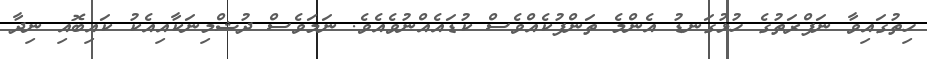
ހިތުގައިވާ ނަފްރަތުގެ ހުޅުގަނޑު އެންމެ ތަންފުކެއްވެސް ކުޑައެއްނުވެއެވެ. ނަމަވެސް ދުޝްމިނަކާއިއެކު ކައިބޮއި ނިދާ